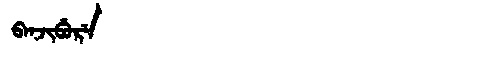
Manchu: ᠪᠠᠨᠵᡳᠪᡠᡵᡝ
Romanization: BANJIBURE